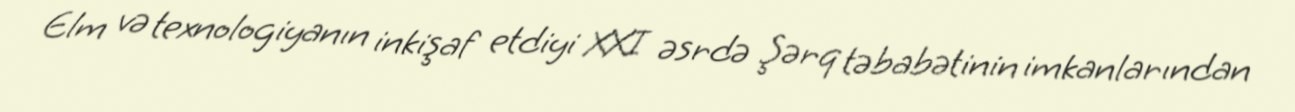
Elm və texnologiyanın inkişaf etdiyi XXI əsrdə Şərq təbabətinin imkanlarından